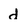
Character: d